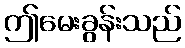
ဤမေးခွန်းသည်